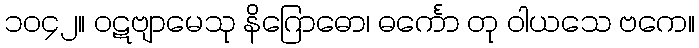
၁၀၄၂။ ဝဋဗျာမေသု နိဂြောဓော၊ ဓင်္ကော တု ဝါယသေ ဗကေ။